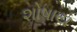
શોષાય